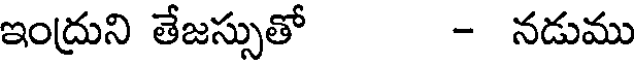
ఇంద్రుని తేజస్సుతో - నడుము